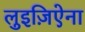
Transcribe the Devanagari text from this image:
लुइज़िऐना